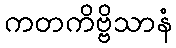
ကတကိဗ္ဗိသာနံ